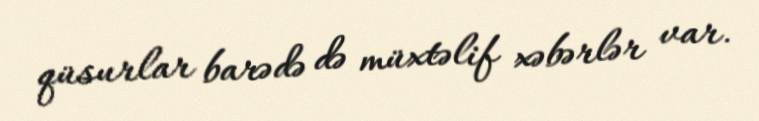
qüsurlar barədə də müxtəlif xəbərlər var.